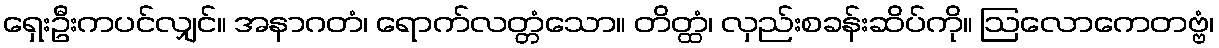
ရှေးဦးကပင်လျှင်။ အနာဂတံ၊ ရောက်လတ္တံသော။ တိတ္ထံ၊ လှည်းစခန်းဆိပ်ကို။ ဩလောကေတဗ္ဗံ၊